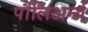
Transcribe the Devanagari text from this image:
पौलिअर्न्य